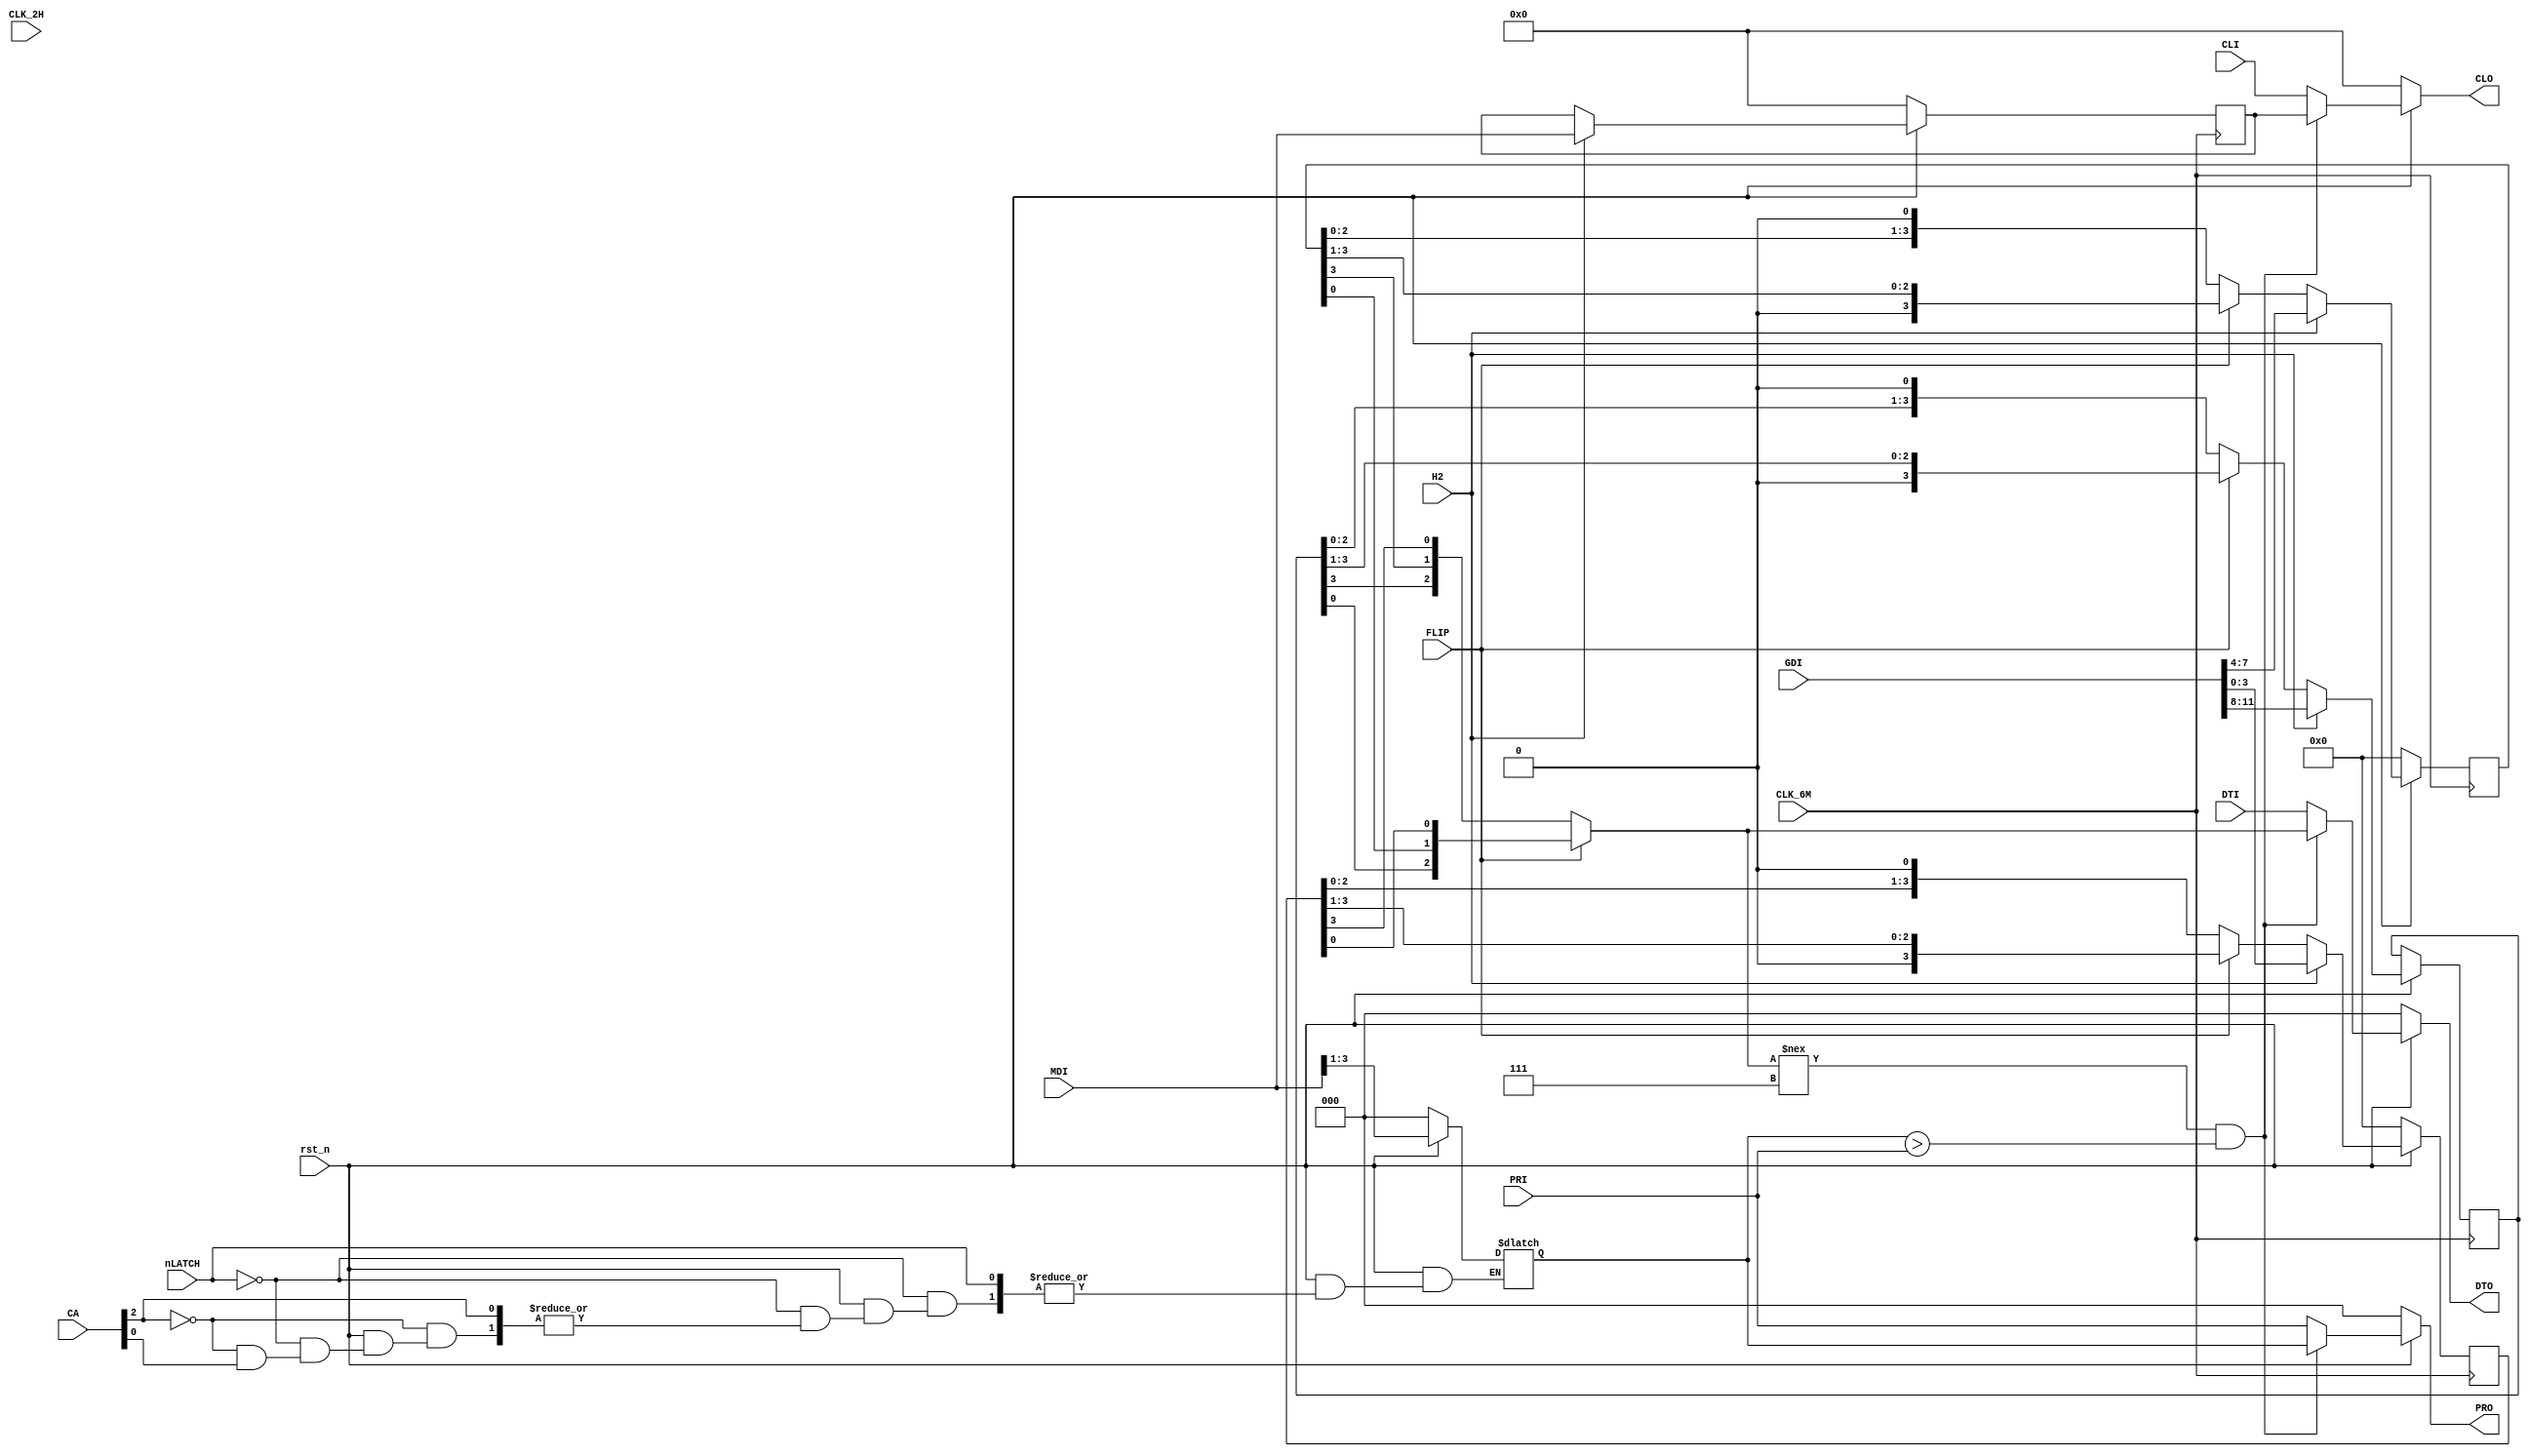
`timescale 1ns / 1ps
//////////////////////////////////////////////////////////////////////////////////
// Company: 
// 
// Design Name:    CUS43
// Module Name:    system86\src\custom\cus43.v
// Project Name:   Namco System86 simulation
// Target Devices: 
// Tool versions: 
// Description:    CUS43 - Dual tilemap generator
//
// Dependencies: 
//
// Revision: 
// Revision 0.01 - File Created
// Additional Comments: 
//
//////////////////////////////////////////////////////////////////////////////////
module cus43_layer
	#(
		parameter ASSIGNED_LAYER = 0,
		parameter LAYER_DISABLE_MASK = 0,
		parameter LAYER_PRIORITY = 0
	)
	(
		  input rst_n,
		
		  input wire CLK_6M,
        input wire CLK_2H,
        input wire [2:0] PRI,
        input wire [7:0] CLI,
        input wire [2:0] DTI,
        input wire [11:0] GDI,
        input wire [2:0] CA,
        input wire [7:0] MDI,
        input wire nLATCH,
        input wire FLIP,
        input wire H2,
        output reg [2:0] PRO,
        output reg [7:0] CLO,
        output reg [2:0] DTO
    );

	reg [7:0] mdi_latched;
	reg [7:0] mdi_latched2;
	reg [3:0] plane0_latched;
	reg [3:0] plane1_latched;
	reg [3:0] plane2_latched;
	
	reg [7:0] attr;
	// 3 planes, 4 bits (4 pixels)
	reg [3:0] plane0_shift;
	reg [3:0] plane1_shift;
	reg [3:0] plane2_shift;
	
	reg [2:0] PR = LAYER_PRIORITY;
	
	wire [7:0] CL = attr;

	// first_n bit of each plane buffer
	wire [2:0] DT = FLIP ? 
		  { plane2_shift[0], plane1_shift[0], plane0_shift[0] } 
		: { plane2_shift[3], plane1_shift[3], plane0_shift[3] };	
	
	always @(negedge CLK_2H) begin
		if (!rst_n) begin
			mdi_latched <= 0;
		end else begin
			mdi_latched <= MDI;
		end
	end
	
	always @(posedge CLK_2H) begin
		if (!rst_n) begin
			mdi_latched2 <= 0;
			plane0_latched <= 0;
			plane1_latched <= 0;
			plane2_latched <= 0;
		end else begin
			mdi_latched2 <= mdi_latched;
			plane0_latched <= GDI[3:0];
			plane1_latched <= GDI[7:4];
			plane2_latched <= GDI[11:8];
		end
	end
	
	always @(posedge CLK_6M) begin
		if (!rst_n) begin
			attr <= 0;
			plane0_shift <= 0;
			plane1_shift <= 0;
			plane1_shift <= 0;
		end else begin
			if (H2) begin
				attr <= MDI; //mdi_latched2;
				plane0_shift <= GDI[3:0]; // plane0_latched;
				plane1_shift <= GDI[7:4]; // plane1_latched;
				plane2_shift <= GDI[11:8]; // plane2_latched;
			end else begin
				if (FLIP) begin
					plane0_shift <= plane0_shift >> 1;
					plane1_shift <= plane1_shift >> 1;
					plane2_shift <= plane2_shift >> 1;
				end else begin
					plane0_shift <= plane0_shift << 1;
					plane1_shift <= plane1_shift << 1;
					plane2_shift <= plane2_shift << 1;
				end
			end
		end
	end
		
	always @(*) begin
		if (!rst_n) begin
			PRO <= 0;
			CLO <= 0;
			DTO <= 0;
		end else begin
			if (DT !== 7 && PR > PRI) begin
				PRO <= PR;
				CLO <= CL;
				DTO <= DT;
			end else begin
				PRO <= PRI;
				CLO <= CLI;
				DTO <= DTI;
			end
		end
	end
	
	always @(nLATCH or CA or MDI or rst_n) begin
		if (!rst_n) begin
			PR = LAYER_PRIORITY;
		end else if (!nLATCH) begin
			// latch priority assignments from the CPU
			if (CA[2] == ASSIGNED_LAYER)
				if (!CA[0])
					PR = MDI[3:1];
		end 
	end
	
endmodule